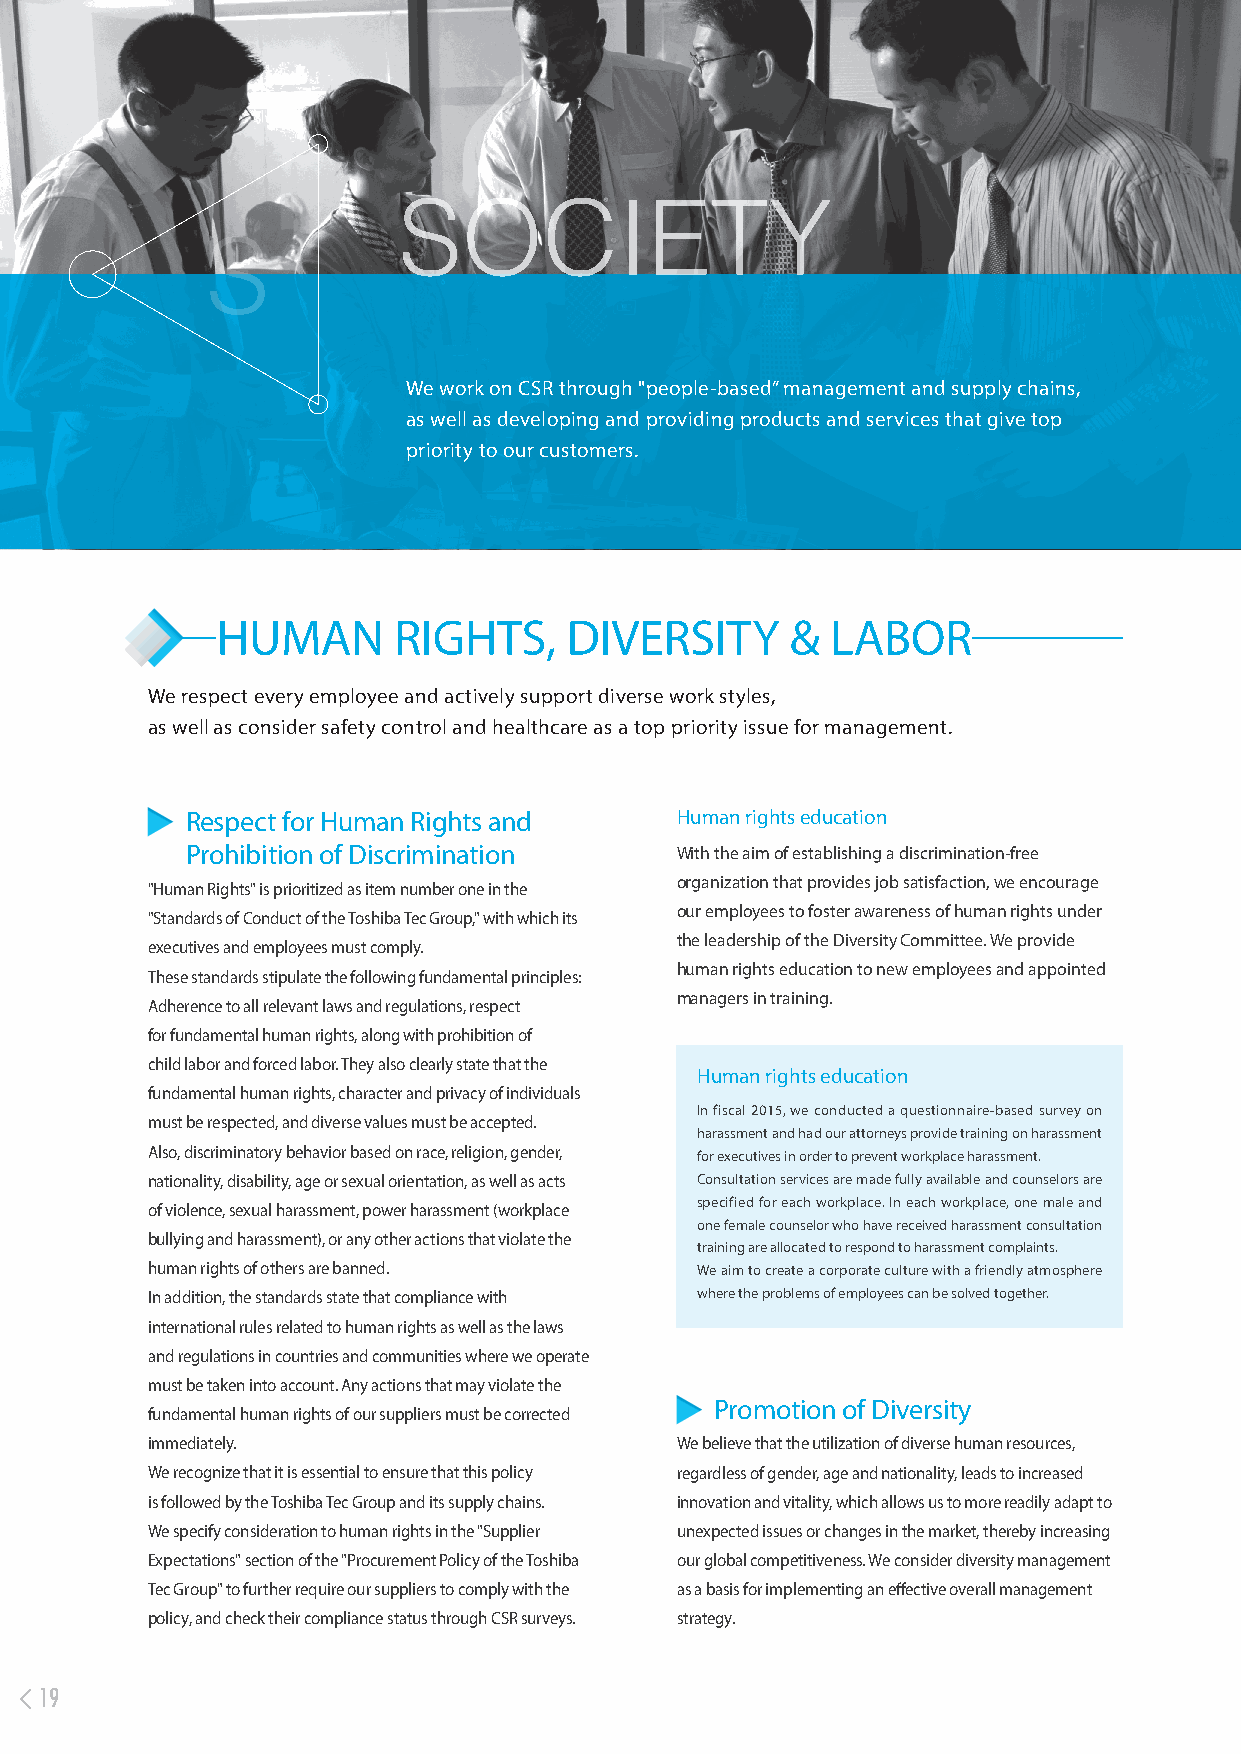
SOCIETY
 S
 We work on CSR through "people-based” management and supply chains,
 as well as developing and providing products and services that give top
 priority to our customers.
 HUMAN       RIGHTS,    DIVERSITY      &  LABOR
 We respect every employee and actively support diverse work styles,
 as well as consider safety control and healthcare as a top priority issue for management.
 Respect for Human Rights and     Human rights education
 Prohibition of Discrimination    With the aim of establishing a discrimination-free
 organization that provides job satisfaction, we encourage
 "Human Rights" is prioritized as item number one in the
 our employees to foster awareness of human rights under
 "Standards of Conduct of the Toshiba Tec Group," with which its
 the leadership of the Diversity Committee. We provide
 executives and employees must comply.
 human rights education to new employees and appointed
 These standards stipulate the following fundamental principles:
 managers in training.
 Adherence to all relevant laws and regulations, respect
 for fundamental human rights, along with prohibition of
 child labor and forced labor. They also clearly state that the
 Human rights education
 fundamental human rights, character and privacy of individuals
 In fiscal 2015, we conducted a questionnaire-based survey on
 must be respected, and diverse values must be accepted.
 harassment and had our attorneys provide training on harassment
 Also, discriminatory behavior based on race, religion, gender,
 for executives in order to prevent workplace harassment.
 nationality, disability, age or sexual orientation, as well as acts Consultation services are made fully available and counselors are
 of violence, sexual harassment, power harassment (workplace specified for each workplace. In each workplace, one male and
 one female counselor who have received harassment consultation
 bullying and harassment), or any other actions that violate the
 training are allocated to respond to harassment complaints.
 human rights of others are banned.  We aim to create a corporate culture with a friendly atmosphere
 In addition, the standards state that compliance with where the problems of employees can be solved together.
 international rules related to human rights as well as the laws
 and regulations in countries and communities where we operate
 must be taken into account. Any actions that may violate the
 Promotion of Diversity
 fundamental human rights of our suppliers must be corrected
 immediately.                       We believe that the utilization of diverse human resources,
 We recognize that it is essential to ensure that this policy regardless of gender, age and nationality, leads to increased
 is followed by the Toshiba Tec Group and its supply chains. innovation and vitality, which allows us to more readily adapt to
 We specify consideration to human rights in the "Supplier unexpected issues or changes in the market, thereby increasing
 Expectations" section of the "Procurement Policy of the Toshiba our global competitiveness. We consider diversity management
 Tec Group" to further require our suppliers to comply with the as a basis for implementing an effective overall management
 policy, and check their compliance status through CSR surveys. strategy.
 19